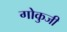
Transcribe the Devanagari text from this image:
गोकुजी